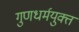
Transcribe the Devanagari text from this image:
गुणधर्मयुक्त